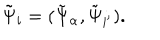
\tilde { \Psi } _ { i } = ( \tilde { \Psi } _ { { \alpha } } , \tilde { \Psi } _ { { i ^ { \prime } } } ) .